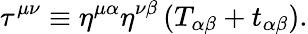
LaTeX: \tau^{\mu\nu}\equiv\eta^{\mu\alpha}\eta^{\nu\beta}\, (T_{\alpha\beta}+t_{\alpha\beta}).